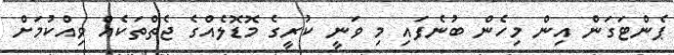
ޕެންޓަގަން އިން މިހެން ބުނެފައި މި ވަނީ ކުރީގެ މޮޑޮލެއްގެ ޖެތްތަކެއް ވިއްކުމަށް